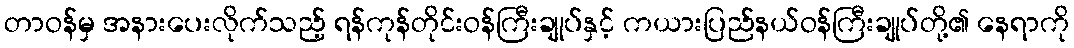
တာဝန်မှ အနားပေးလိုက်သည့် ရန်ကုန်တိုင်းဝန်ကြီးချုပ်နှင့် ကယားပြည်နယ်ဝန်ကြီးချုပ်တို့၏ နေရာကို